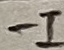
Text: -I